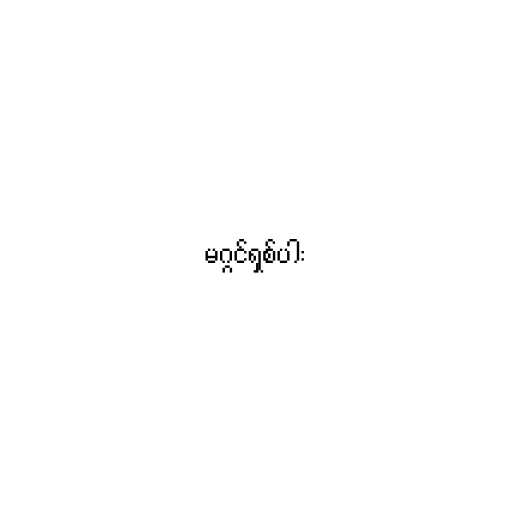
မဂ္ဂင်ရှစ်ပါး